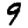
Digit: 9